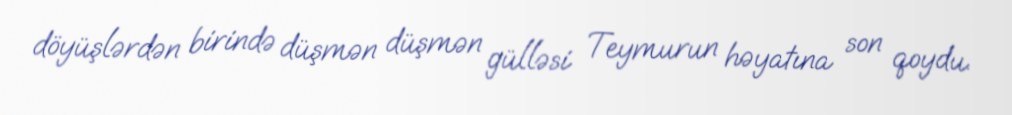
döyüşlərdən birində düşmən düşmən gülləsi Teymurun həyatına son qoydu.